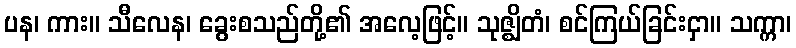
ပန၊ ကား။ သီလေန၊ ခွေးစသည်တို့၏ အလေ့ဖြင့်။ သုဇ္ဈိတံ၊ စင်ကြယ်ခြင်းငှာ။ သက္ကာ၊